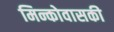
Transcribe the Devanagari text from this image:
मिन्कोवासकी